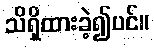
သိရှိထားခဲ့၍ပင်။